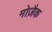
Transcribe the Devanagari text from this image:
मोज़ैक